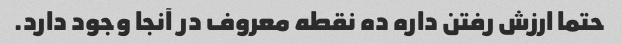
حتما ارزش رفتن داره ده نقطه معروف در آنجا وجود دارد.